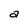
Character: a